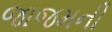
જાજમની